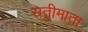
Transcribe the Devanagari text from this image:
सतीमाता